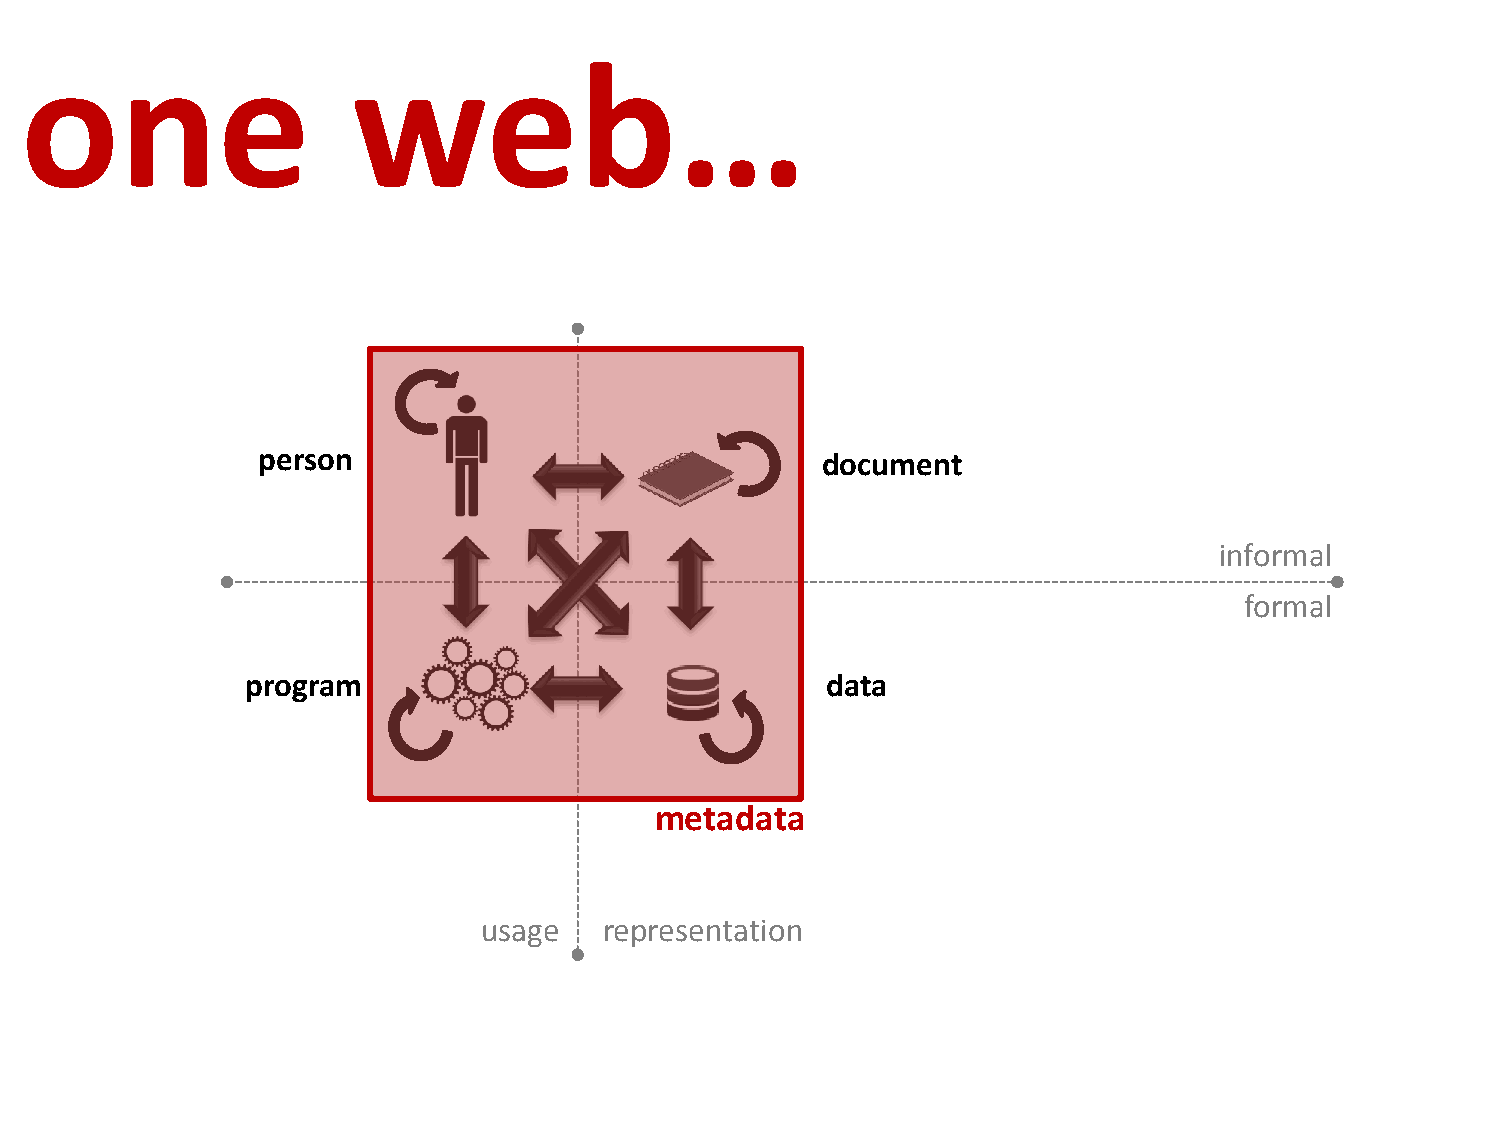
one                   web…
 person                               document
 informal
 formal
 program                                data
 metadata
 usage   representation